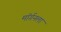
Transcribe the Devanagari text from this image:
मॉर्गनला